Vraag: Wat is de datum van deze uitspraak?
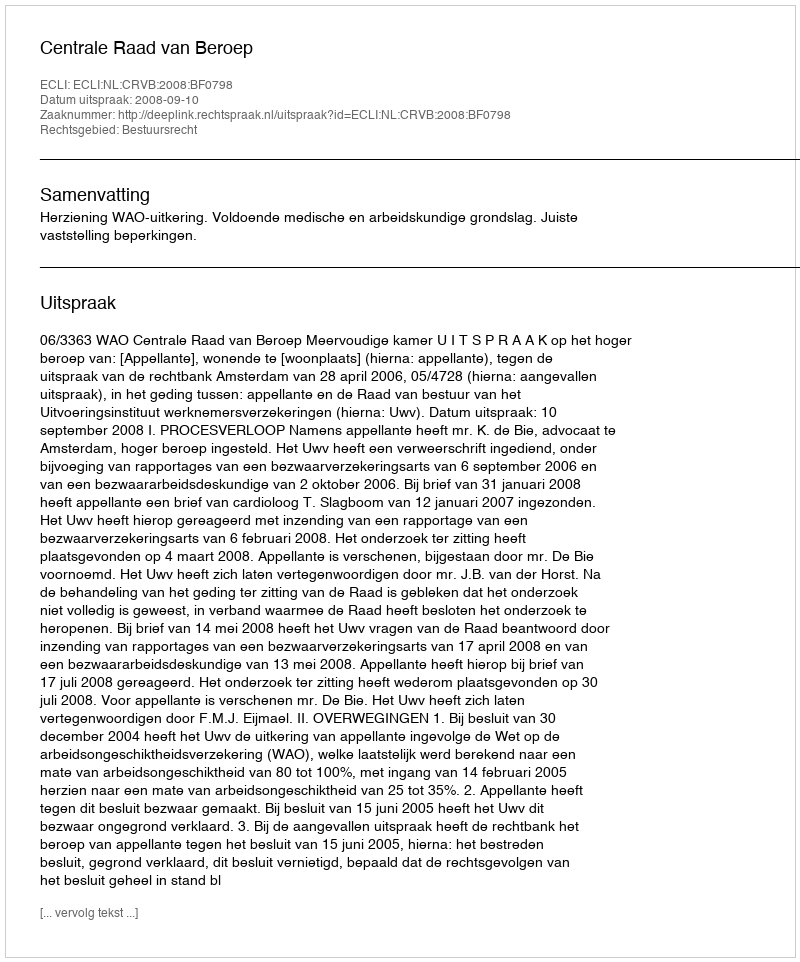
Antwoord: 2008-09-10